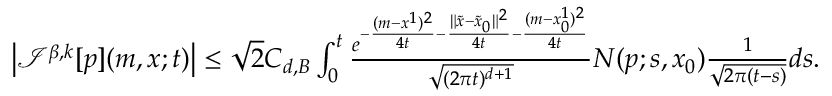
\begin{array} { r } { \left| { \mathcal I } ^ { \beta , k } [ p ] ( m , x ; t ) \right| \leq \sqrt { 2 } C _ { d , B } \int _ { 0 } ^ { t } \frac { e ^ { - \frac { ( m - x ^ { 1 } ) ^ { 2 } } { 4 t } - \frac { \| \tilde { x } - \tilde { x } _ { 0 } \| ^ { 2 } } { 4 t } { - \frac { ( m - x _ { 0 } ^ { 1 } ) ^ { 2 } } { 4 t } } } } { \sqrt { ( 2 \pi t ) ^ { d + 1 } } } N ( p ; s , x _ { 0 } ) \frac { 1 } { \sqrt { 2 \pi ( t - s ) } } d s . } \end{array}